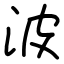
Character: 波